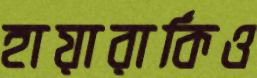
হায়ারার্কিও